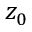
z _ { 0 }